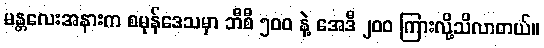
မန္တလေးအနားက စမုန်ဒေသမှာ ဘီစီ ၅ဝဝ နဲ့ အေဒီ ၂ဝဝ ကြားလို့သိလာတယ်။